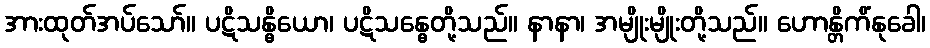
အားထုတ်အပ်သော်။ ပဋိသန္ဓိယော၊ ပဋိသန္ဓေတို့သည်။ နာနာ၊ အမျိုးမျိုးတို့သည်။ ဟောန္တိကိံနုခေါ၊